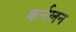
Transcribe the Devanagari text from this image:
कर्नलन